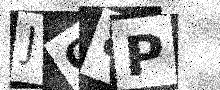
Text: JC8P